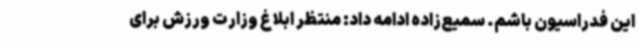
این فدراسیون باشم. سمیع‌زاده ادامه داد: منتظر ابلاغ وزارت ورزش برای